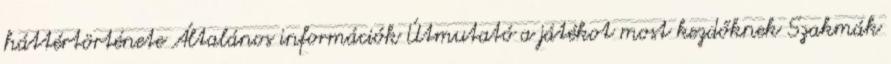
háttértörténete Általános információk Útmutató a játékot most kezdőknek Szakmák